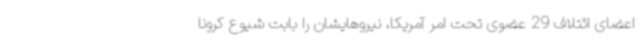
اعضای ائتلاف 29 عضوی تحت امر آمریکا، نیروهایشان را بابت شیوع کرونا